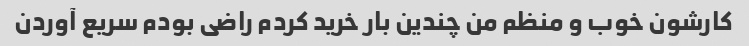
کارشون خوب و منظم من چندین بار خرید کردم راضی بودم سریع آوردن